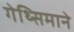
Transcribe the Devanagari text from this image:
गेथ्सिमाने